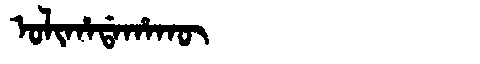
Manchu: ᠣᠯᡳᡥᠠᡩᠠᡥᠠᡴᡡ
Romanization: OLIHADAHAKŪ